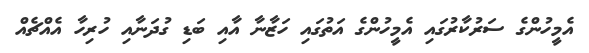
އެމީހުންގެ ސަރުކާރުގައި އެމީހުންގެ އަތުގައި ހަޒާނާ އާއި ބަޑި ގުދަނާއި ހުރިހާ އެއްޗެއް